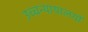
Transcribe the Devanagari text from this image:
उच्चन्यायालयों